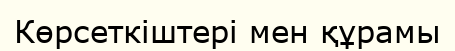
Көрсеткіштері мен құрамы